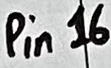
Text: Pin16